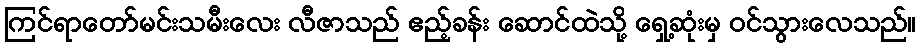
ကြင်ရာတော်မင်းသမီးလေး လီဇာသည် ဧည့်ခန်း ဆောင်ထဲသို့ ရှေ့ဆုံးမှ ဝင်သွားလေသည်။